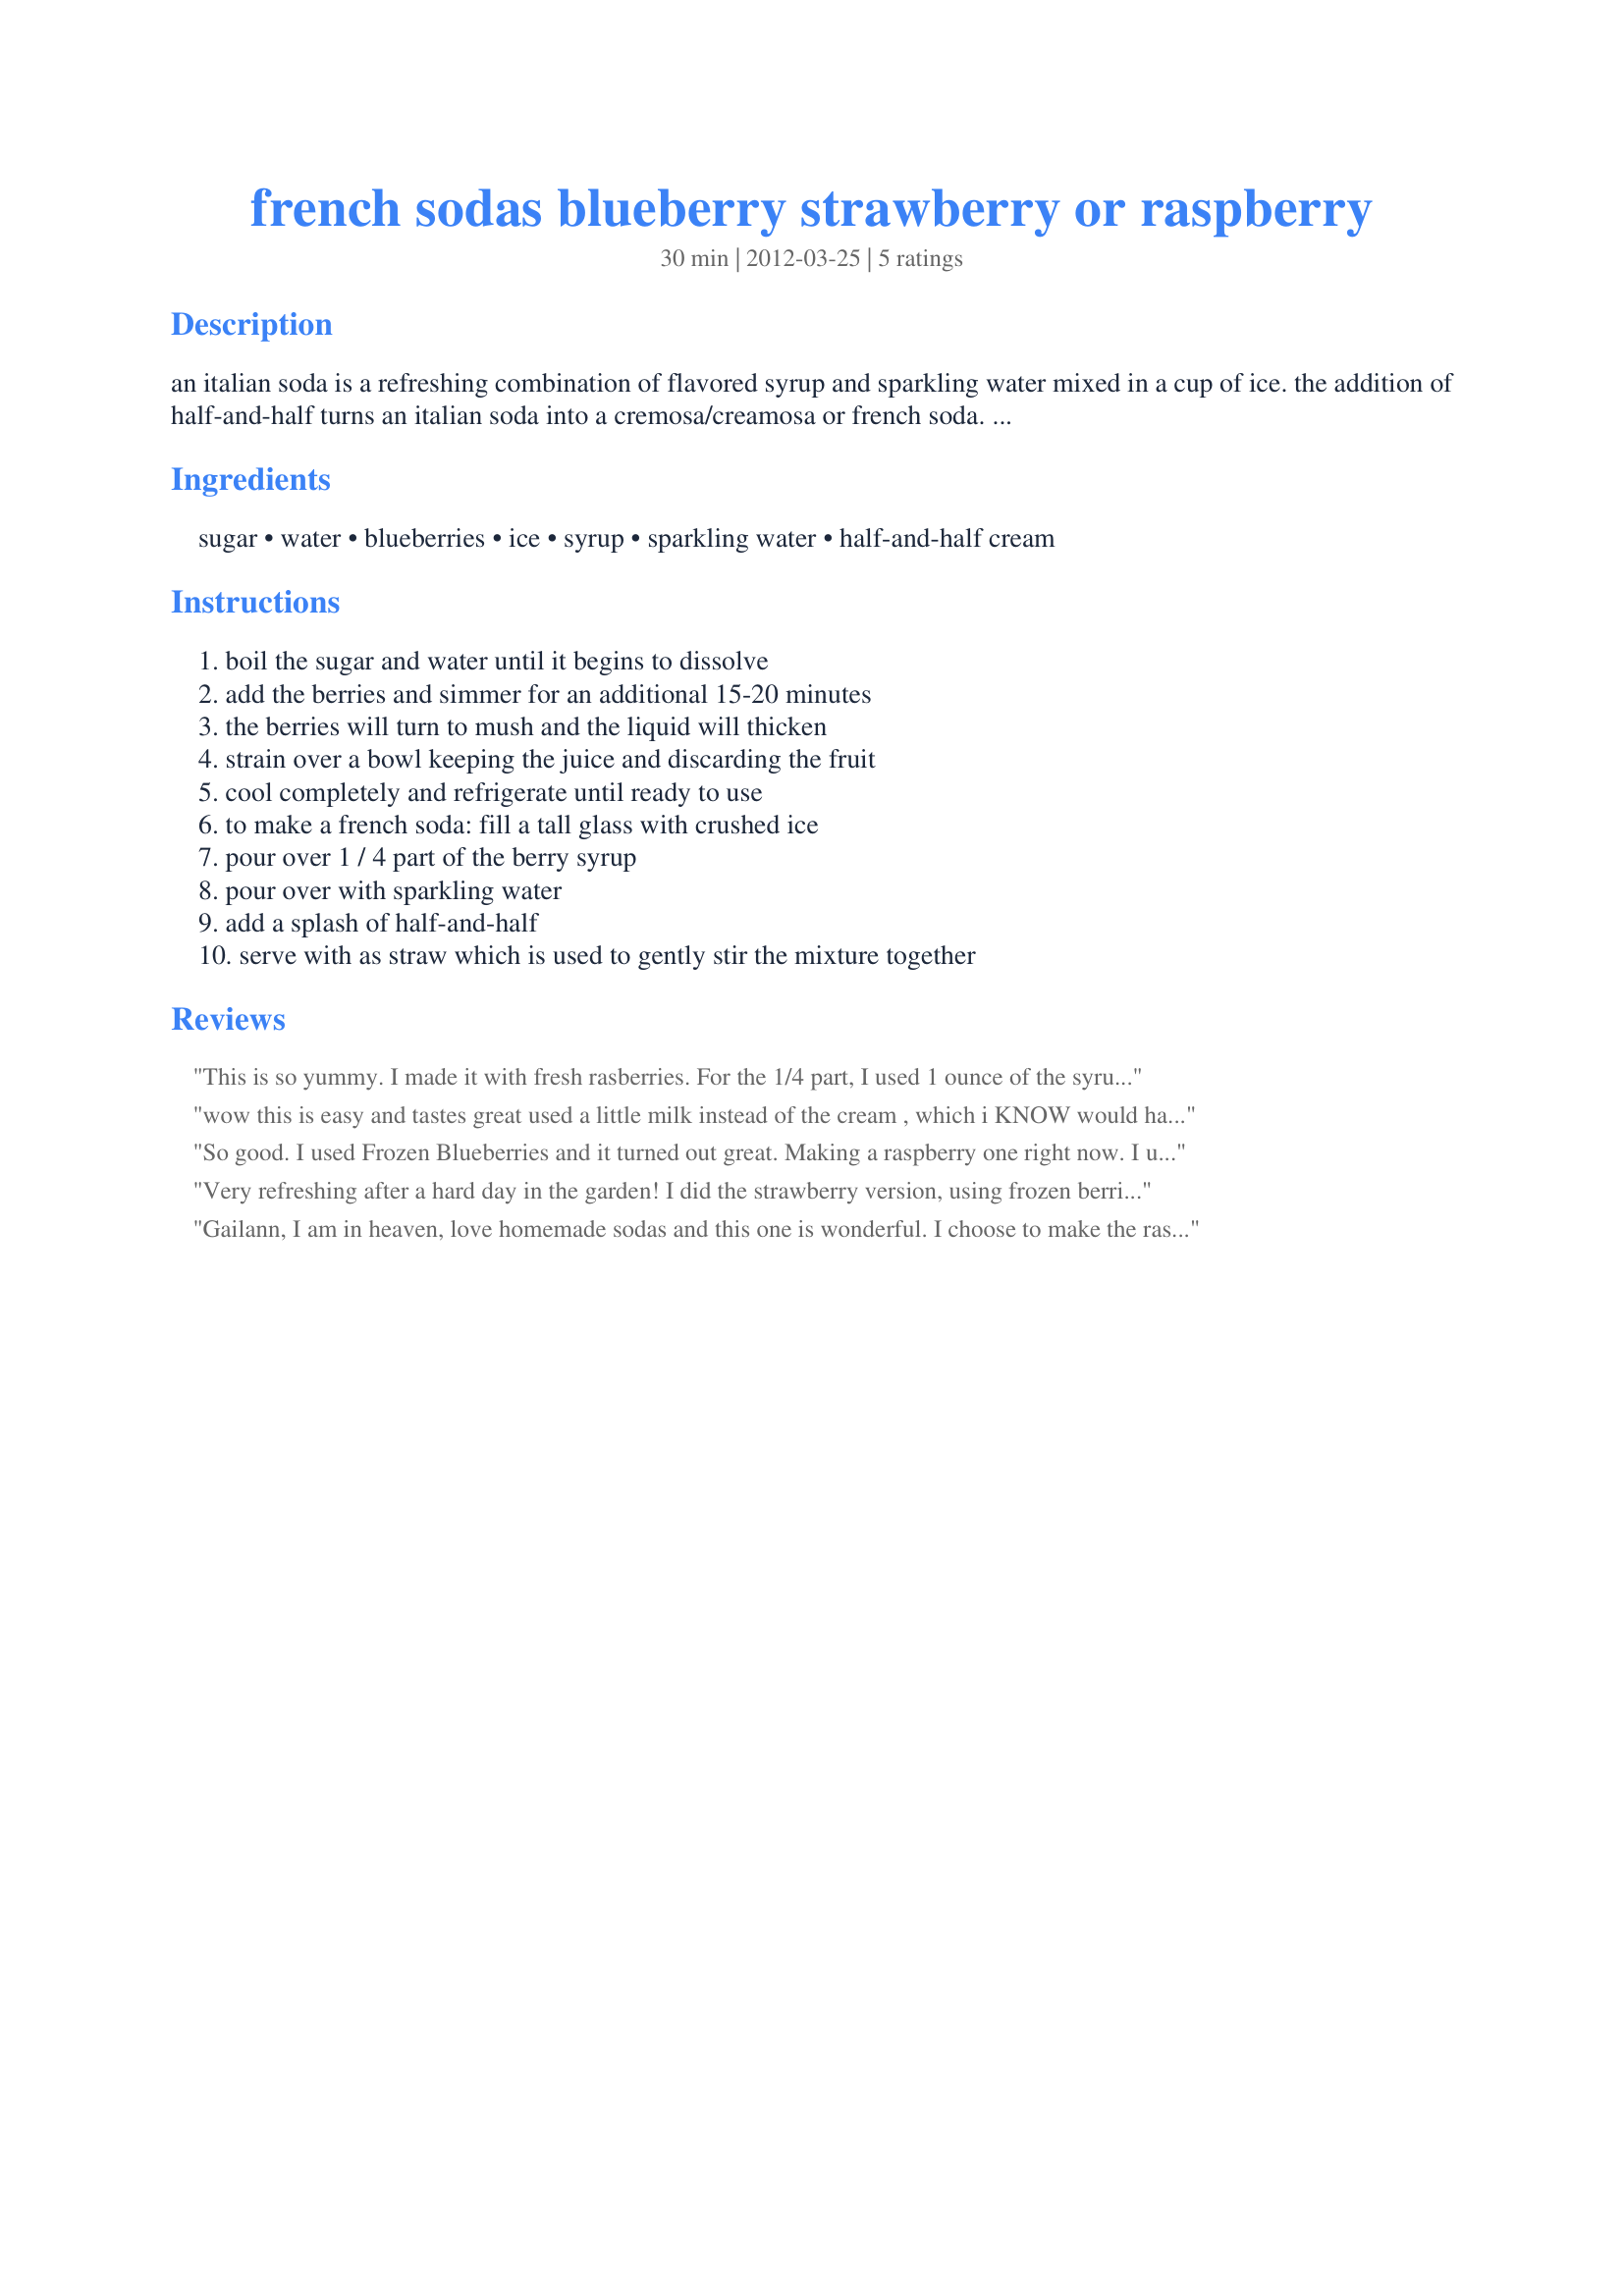
french sodas blueberry strawberry or raspberry
Preparation time: 30 minutes

an italian soda is a refreshing combination of flavored syrup and sparkling water mixed in a cup of ice. the addition of half-and-half turns an italian soda into a cremosa/creamosa or french soda. don't use milk because it will separate. if you've ever purchased either an italian or french soda, you know how expensive they can be. make your own!

Ingredients:
sugar, water, blueberries, ice, syrup, sparkling water, half-and-half cream

Steps:
boil the sugar and water until it begins to dissolve, add the berries and simmer for an additional 15-20 minutes, the berries will turn to mush and the liquid will thicken, strain over a bowl keeping the juice and discarding the fruit, cool completely and refrigerate until ready to use, to make a french soda: fill a tall glass with crushed ice, pour over 1 / 4 part of the berry syrup, pour over with sparkling water, add a splash of half-and-half, serve with as straw which is used to gently stir the mixture together

Reviews:
This is so yummy. I made it with fresh rasberries. For the 1/4 part, I used 1 ounce of the syrup. DH said he already had that when he went in France. It was for breakfast. Thanks Gailann :) Made for ZWT8 for Diners, Winers and Chives.
wow this is easy and tastes great used a little milk instead of the cream , which i KNOW would have been better . i used raspberries zaar world tour 8
So good. I used Frozen Blueberries and it turned out great. Making a raspberry one right now. I used heavy cream instead of half and half and it was amazing.
Very refreshing after a hard day in the garden! I did the strawberry version, using frozen berries, but looking forward to trying it with fresh raspberries during the season. Easy to make and very tasty!
Gailann, I am in heaven, love homemade sodas and this one is wonderful. I choose to make the raspberry version using fresh berries from my backyard. This was so good, quick and easy. This bubbly drink had a great raspberry flavor that was mellowed by the cream. Made exactly as written, wouldn't change a thing. Thanks for sharing this delicious treat, which I have enjoyed 3 times today. Made for ZWT8 - France.
